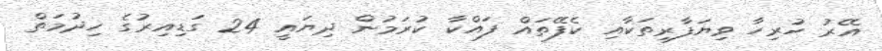
އޭރު ހުރިހާ ވިޔަފާރިތަކާއި ކެފޭތައް ފައްކާ ކުރަމުން ދިޔައީ 24 ގަޑިއިރުގެ ހިދުމަތް